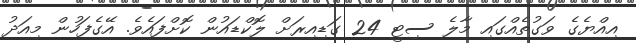
އިއްޔެގެ ވަގުތެއްގައި މާލެ ސިޓީ 24 ގަޑިއިރަށް ލޮކްޑައުން ކޮށްފައެވެ. އޭގެފަހުން މިއަދު